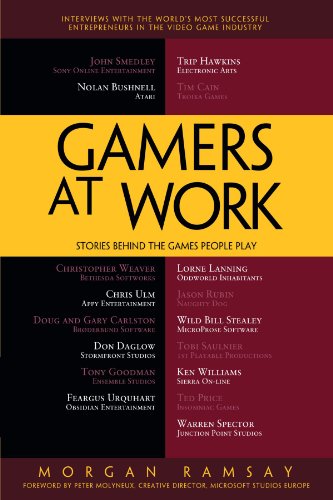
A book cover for Gamers at Work: Stories Behind the Games People Play; Morgan Ramsay; Computers & Technology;